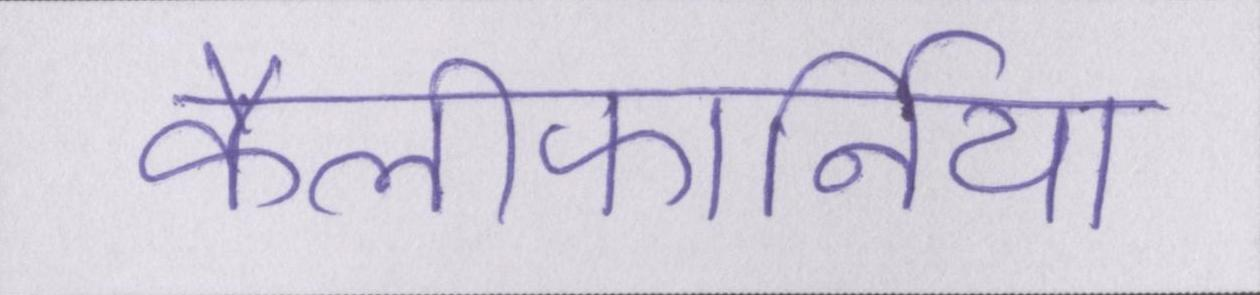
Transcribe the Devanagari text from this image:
कैलीफोर्निया